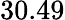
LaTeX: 30.49